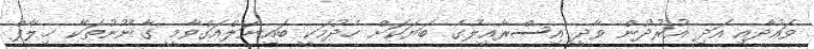
ވައުދާއި އަދި އުރުދުން ވާދީ އިސްރާއީލުގެ ބަޔަކަށް ހެދުމަކީ ބައިނަލްއަގްވާމީ ގާނޫނުތަކާ ޚިލާފް